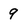
Character: 9